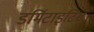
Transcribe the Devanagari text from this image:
डर्मिटाइटिस